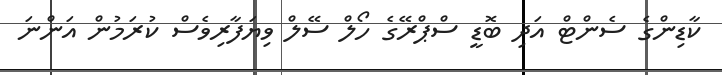
ކާޑިންގެ ސެންޓް އަދި ބޮޑީ ސްޕްރޭގެ ހޯލް ސޭލް ވިޔަފާރިވެސް ކުރަމުން އަންނަ